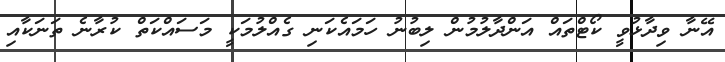
އޭނާ ވިދާޅުވީ ކޯޓްތައް އަންދާލުމުން ލިބުނު ހަމައެކަނި ގެއްލުމަކީ މަސައްކަތް ކުރާނެ ތަނަކާއި